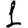
Digit: 1